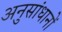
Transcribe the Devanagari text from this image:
अनुसांधानों